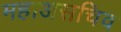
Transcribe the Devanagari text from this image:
महाअसचिव